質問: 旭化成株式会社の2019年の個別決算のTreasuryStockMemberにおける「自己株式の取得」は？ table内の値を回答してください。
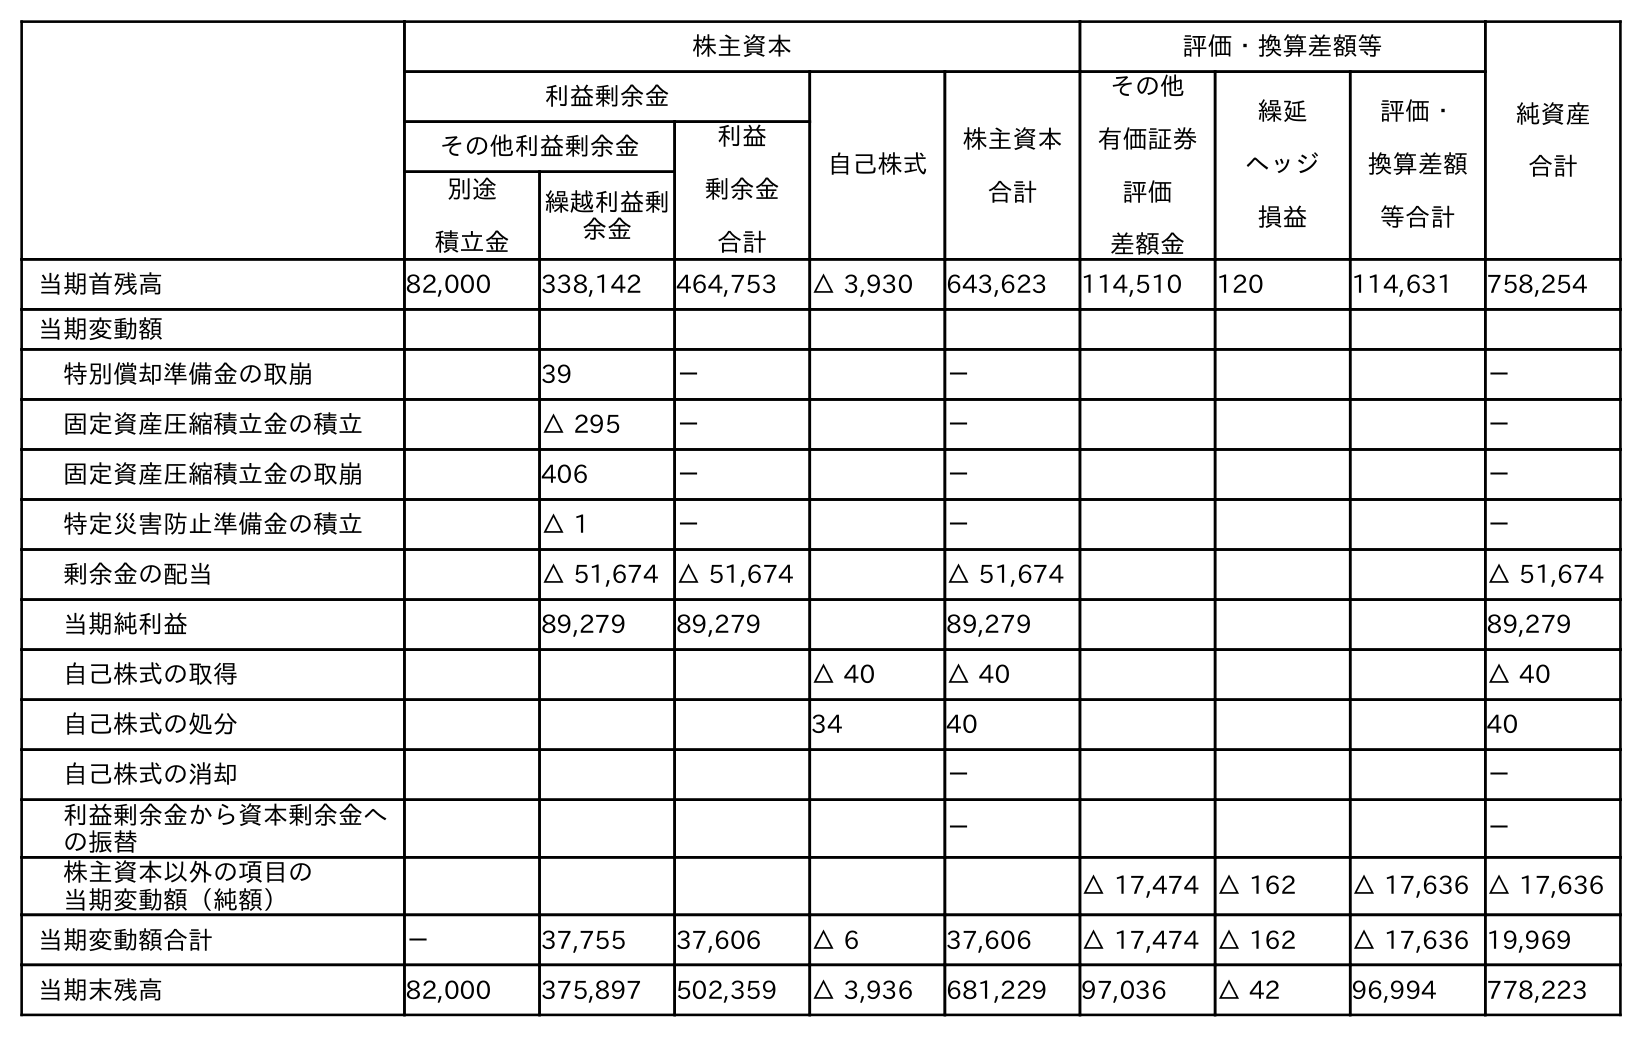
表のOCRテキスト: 株主資本 評価・換算差額等 純資産 合計 利益剰余金 自己株式 株主資本 合計 その他 有価証券 評価 差額金 繰延 ヘッジ 損益 評価・ 換算差額 等合計 その他利益剰余金 利益 剰余金 合計 別途 積立金 繰越利益剰 余金 当期首残高 82,000 338,142 464,753 △ 3,930 643,623 114,510 120 114,631 758,254 当期変動額 特別償却準備金の取崩 39 － － － 固定資産圧縮積立金の積立 △ 295 － － － 固定資産圧縮積立金の取崩 406 － － － 特定災害防止準備金の積立 △ 1 － － － 剰余金の配当 △ 51,674 △ 51,674 △ 51,674 △ 51,674 当期純利益 89,279 89,279 89,279 89,279 自己株式の取得 △ 40 △ 40 △ 40 自己株式の処分 34 40 40 自己株式の消却 － － 利益剰余金から資本剰余金へ の振替 － － 株主資本以外の項目の 当期変動額（純額） △ 17,474 △ 162 △ 17,636 △ 17,636 当期変動額合計 － 37,755 37,606 △ 6 37,606 △ 17,474 △ 162 △ 17,636 19,969 当期末残高 82,000 375,897 502,359 △ 3,936 681,229 97,036 △ 42 96,994 778,223
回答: △40